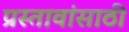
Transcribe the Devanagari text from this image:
प्रस्तावांसाठी